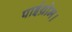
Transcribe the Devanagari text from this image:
पाईथ्रोम।